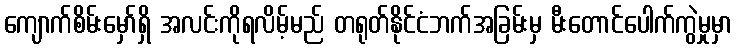
ကျောက်စိမ်းမှော်ရှိ အလင်းကိုရလိမ့်မည် တရုတ်နိုင်ငံဘက်အခြမ်းမှ မီးတောင်ပေါက်ကွဲမှုမှာ